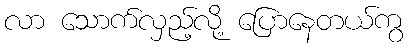
လာ သောက်လှည့်လို့ ပြောနေတယ်ကွ